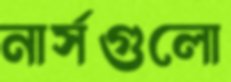
নার্সগুলো